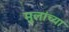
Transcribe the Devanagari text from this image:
मुलांच्‍या